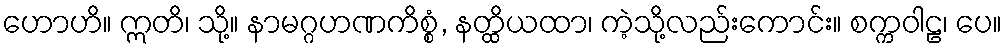
ဟောဟိ။ ဣတိ၊ သို့။ နာမဂ္ဂဟဏကိစ္စံ, နတ္ထိယထာ၊ ကဲ့သို့လည်းကောင်း။ စက္ကဝါဠ၊ ပေ။